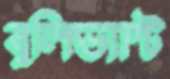
বুলিভ্যান্ট